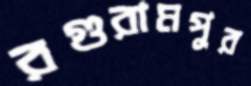
রগুরামপুর